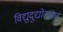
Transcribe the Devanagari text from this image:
विद्युदुद्योतवान्